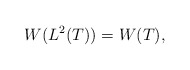
\begin{align*} W(L^2(T))=W(T),\end{align*}